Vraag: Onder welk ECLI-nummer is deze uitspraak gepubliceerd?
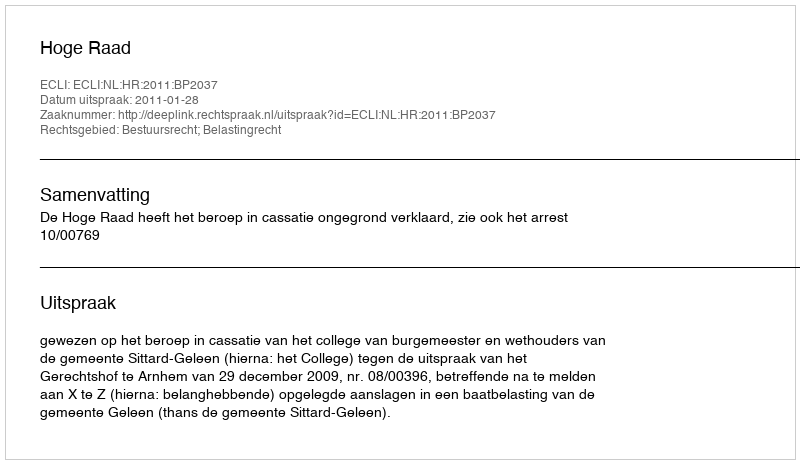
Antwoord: ECLI:NL:HR:2011:BP2037